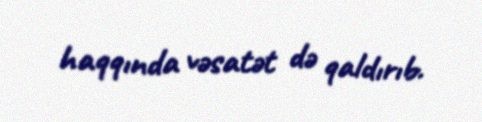
haqqında vəsatət də qaldırıb.